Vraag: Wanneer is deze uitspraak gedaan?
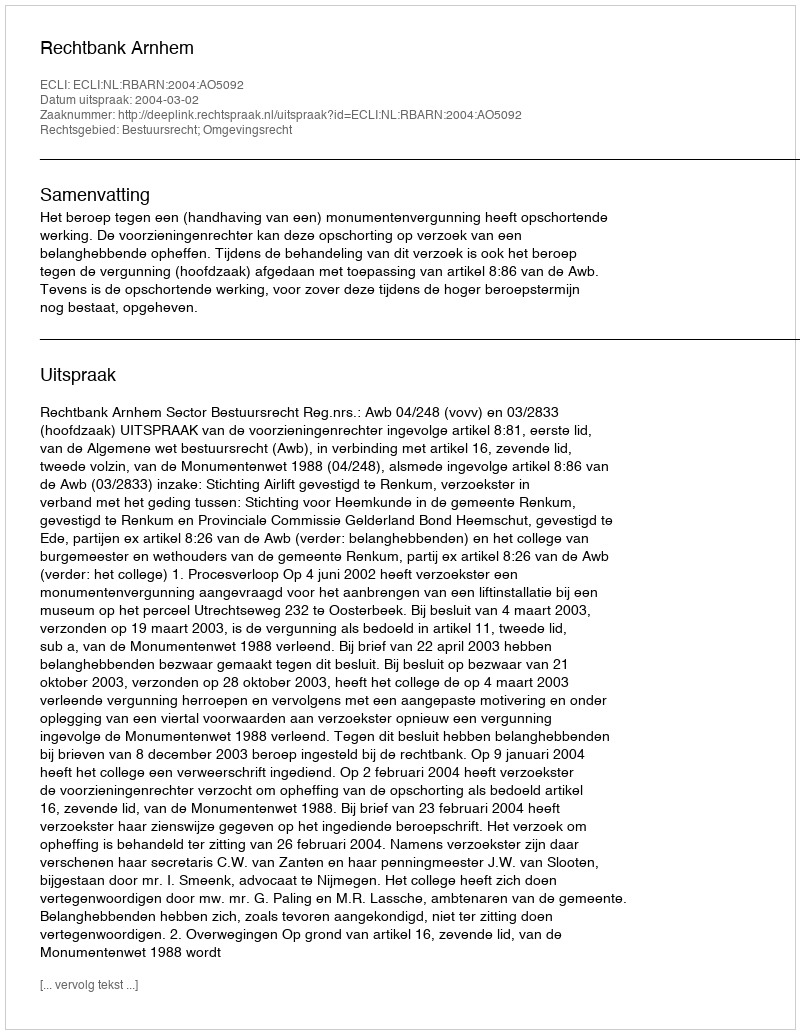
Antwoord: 2004-03-02